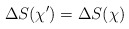
\begin{align*}\Delta S(\chi') = \Delta S(\chi)\end{align*}